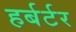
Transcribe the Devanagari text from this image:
हर्बर्टर